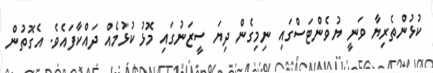
ކުޅުންތެރިޔާ ވަނީ ޔުވެންޓަސްގައި ނިމިގެން ދިޔަ ސީޒަނުގައި މޮޅު ކުޅުމެއް ދައްކާފައެވެ. އެގޮތުން